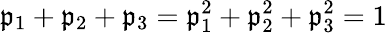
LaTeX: \mathfrak{p}_{1}+\mathfrak{p}_{2}+\mathfrak{p}_{3}=\mathfrak{p}_{1}^{2}+\mathfrak{p}_{2}^{2}+\mathfrak{p}_{3}^{2}=1